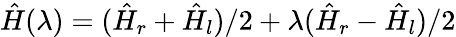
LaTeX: \hat{H}(\lambda)=(\hat{H}_{r}+\hat{H}_{l})/2+\lambda(\hat{H}_{r}-\hat{H}_{l})/2